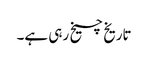
تاریخ چیخ رہی ہے۔